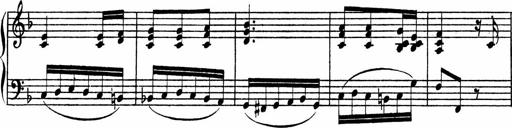
Title: Piano Sonata
Composer: Karl HÃ¤ssler
Key: C major